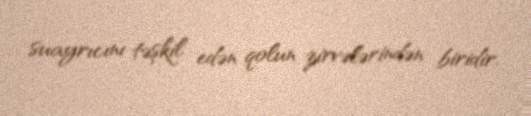
suayrıcını təşkil edən qolun zirvələrindən biridir.